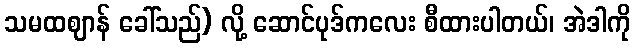
သမထဈာန် ခေါ်သည်) လို့ ဆောင်ပုဒ်ကလေး စီထားပါတယ်၊ အဲဒါကို